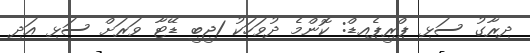
ދިރާގު ސަޅި ޕްރީޕެއިޑް: ކޮންމެ ދުވަހަކު 1ޖީބީ ޑޭޓާ ވަރަށް ސަޅި އަދި